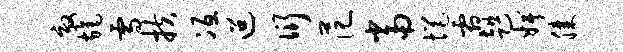
效旄雪扶冱迢衍范当悒霜趄婢膝